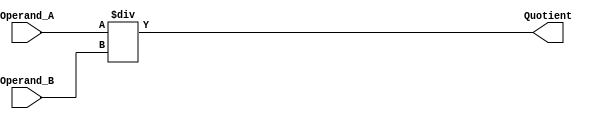
module Divider(
    input wire [31:0] Operand_A,
    input wire [31:0] Operand_B,
    output reg [31:0] Quotient
);

// Perform division operation
always @* begin
    Quotient = Operand_A / Operand_B;
end

endmodule